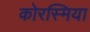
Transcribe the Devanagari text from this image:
कोरस्मिया